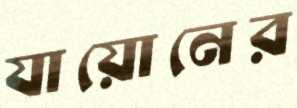
যায়োনের